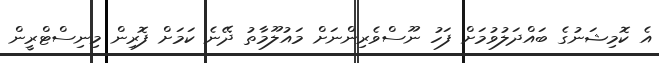
އެ ކޮމިޝަނުގެ ބައްދަލުވުމަށް ފަހު ނޫސްވެރިންނަށް މައުލޫމާތު ދޭނެ ކަމަށް ފޮރިން މިނިސްޓްރީން